Leaving Certificate Examination, 1914
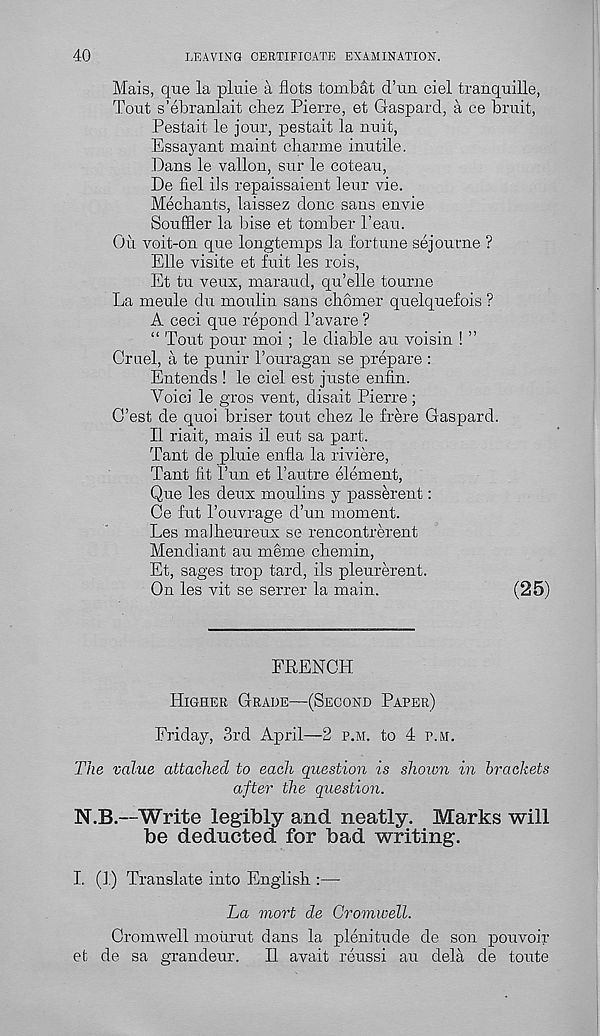
40
LEAVING CERTIFICATE EXAMINATION.
Mais, que la pluie a Acts tombat d’un ciel tranquille,
Tout s’ebranlait chez Pierre, et Gaspard, a ce bruit,
Pestait le jour, pestait la nuit,
Essaj^ant maint charme inutile.
Dans le vallon, sur le coteau,
De fiel ils repaissaient leur vie.
Mediants, laissez done sans envie
Souffler la bise et tomber 1’eau.
Ou voit-on que longtemps la fortune sejourne ?
Elle visite et fuit les rois,
Et tu veux, maraud, qu’elle tourne
La meule du moulin sans chomer quelquefois ?
A ceci que repond 1’avare ?
“ Tout pour moi ; le diable an voisin ! ”
Cruel, a te punir 1’ouragan se prepare :
Entends ! le ciel est juste enfin.
Voici le gros vent, disait Pierre ;
C’est de quoi briser tout cliez le frere Gaspard.
II riait, mais il eut sa part.
Tant de pluie enfla la riviere,
Tant fit Tun et Tautre element,
Que les deux moulins y passerent:
Ce fut Touvrage d’un moment.
Les maibeureux se rencontrerent
Mendiant au meme cliemin,
Et, sages trop tard, ils pleurerent.
On les vit se serrer la main.
(25)
FRENCH
Higher Grade—(Second Paper)
Friday, 3rd April—2 p.m. to 4 p.m.
The value attached to each question is shown in brackets
after the question.
N.B.—Write legibly and neatly. Marks will
be deducted for bad writing.
I. (1) Translate into English :—
La mart de Cromwell.
Cromwell moiirut dans la plenitude de son pouvoir
et de sa grandeur.
II avait reussi au dela de toute